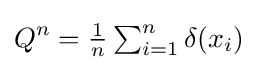
Q^{n}=\textstyle {\frac {1}{n}}\sum _{i=1}^{n}\delta (x_{i})